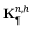
\mathbf { K } _ { \P } ^ { n , h }